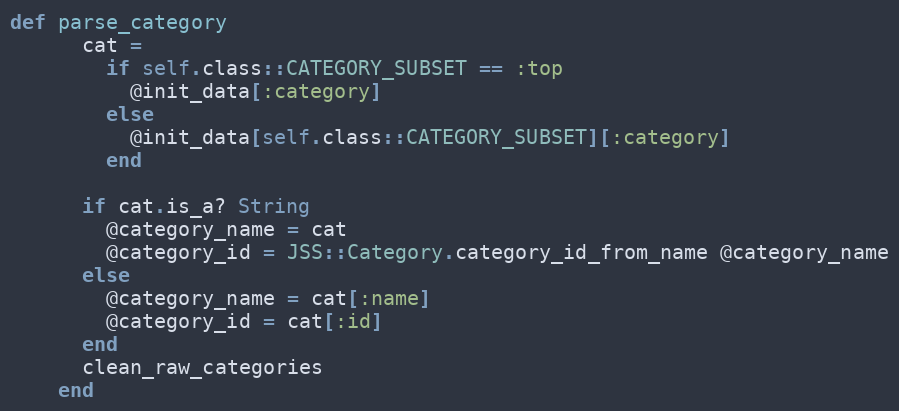
Language: Ruby
def parse_category
      cat =
        if self.class::CATEGORY_SUBSET == :top
          @init_data[:category]
        else
          @init_data[self.class::CATEGORY_SUBSET][:category]
        end

      if cat.is_a? String
        @category_name = cat
        @category_id = JSS::Category.category_id_from_name @category_name
      else
        @category_name = cat[:name]
        @category_id = cat[:id]
      end
      clean_raw_categories
    end